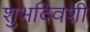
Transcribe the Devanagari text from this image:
शुभदिवशी